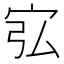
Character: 宖